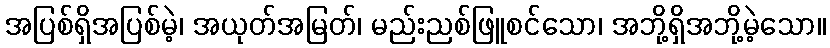
အပြစ်ရှိအပြစ်မဲ့၊ အယုတ်အမြတ်၊ မည်းညစ်ဖြူစင်သော၊ အဘို့ရှိအဘို့မဲ့သော။